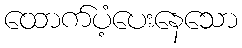
ထောက်ပံ့ပေးနေသော